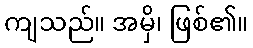
ကျသည်။ အမှိ၊ ဖြစ်၏။